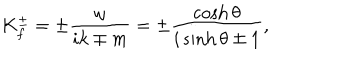
K _ { f } ^ { \pm } = \pm \frac { \omega } { i k \mp m } = \pm \frac { \cosh \theta } { i \sinh \theta \mp 1 } ,